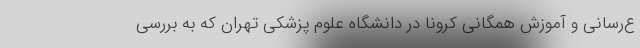
ع‌رسانی و آموزش همگانی کرونا در دانشگاه علوم پزشکی تهران که به بررسی